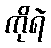
ကိုရဲ